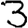
Digit: 3